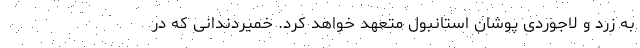
به زرد و لاجوردی پوشان استانبول متعهد خواهد کرد. خمیردندانی که در